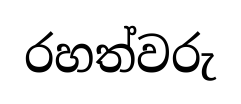
රහත්වරු